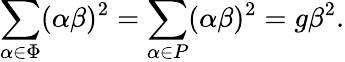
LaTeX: \sum_{\alpha\in\Phi}(\alpha\beta)^{2}=\sum_{\alpha\in P}(\alpha\beta)^{2}=g\beta^{2}.